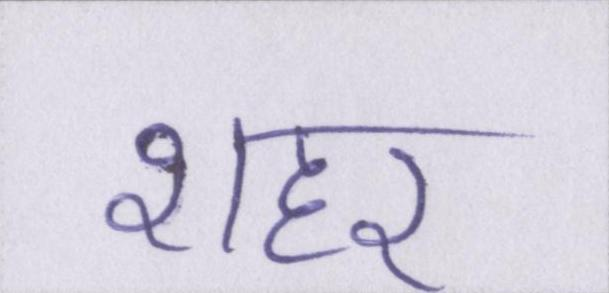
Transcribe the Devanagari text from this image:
शहर